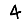
Digit: 4